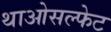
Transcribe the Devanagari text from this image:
थाओसल्फेट